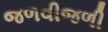
જળવીજળી